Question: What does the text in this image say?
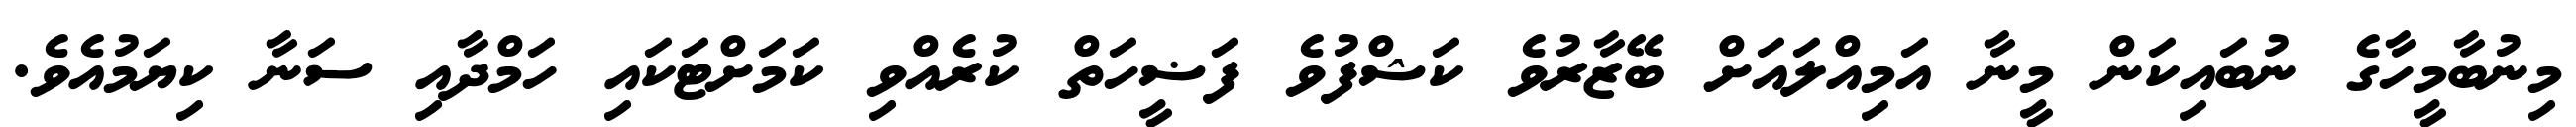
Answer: މިނުބާމީހާގެ ނުބައިކަން މީނާ އަމިއްލައަށް ބޭޒާރުވެ ކަޝްފުވެ ފަޟީހަތް ކުރެއްވި ކަމަށްޓަކައި ހަމްދާއި ސަނާ ކިޔަމުއެވެ.